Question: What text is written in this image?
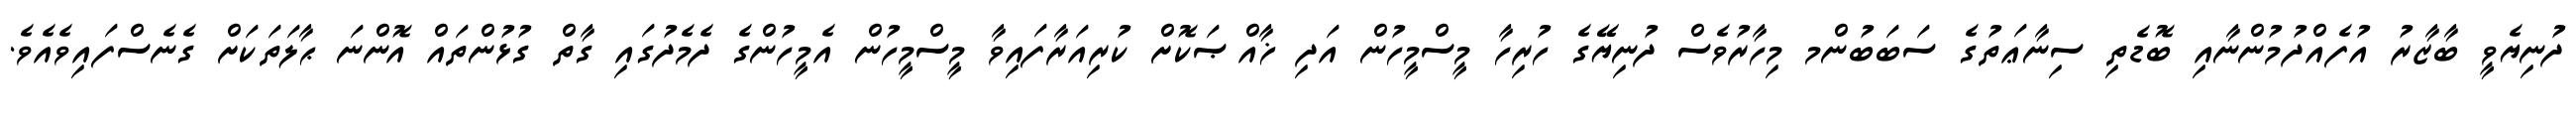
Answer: ދުނިޔެވީ ބާޒާރު އުފެއްދުމުންނާއި ބޮޑެތި ސިނާޢަތުގެ ސަބަބުންމ މިހާރުވެސް ދުނިޔޭގެ ހުރިހާ މީސްމީހުން އަދި ޚާއްޞަކޮށް ކުރިއަރާފައިވާ މީސްމީހުން އެމީހުންގެ ދެމެދުގައި ގާތް ގުޅުންތައް އޮންނަ ޙާލަތަކަށް ގެނެސްފައިވެއެވެ.